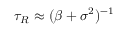
\tau _ { R } \approx ( \beta + \sigma ^ { 2 } ) ^ { - 1 }